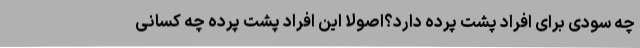
چه سودی برای افراد پشت پرده دارد؟اصولا این افراد پشت پرده چه کسانی